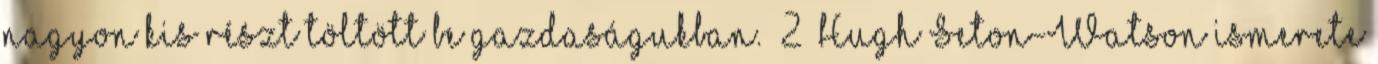
nagyon kis részt töltött be gazdaságukban.” 2 Hugh Seton-Watson ismerete